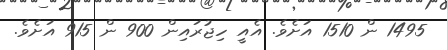
1495 ން 1510 އަށެވެ. އެއީ ހިޖުރައިން 900 ން 915 އަށެވެ.